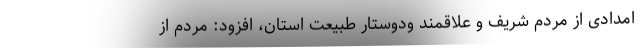
امدادی از مردم شریف و علاقمند ودوستار طبیعت استان، افزود: مردم از